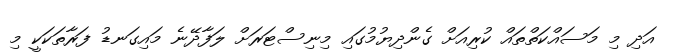
އަދި މި މަސައްކަތްތައް ކުރިއަށް ގެންދިޔުމުގައި މިނިސްޓަރަށް ލަފާދޭނެ މައިގަނޑު ފަރާތަކަކީ މި